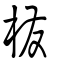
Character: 橃